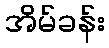
အိမ်ခန်း